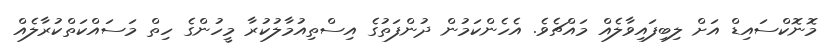
މޮނޮކްސައިޑް އަށް ލިބިފައިވާލެއް މައްޗެވެ. އެހެންކަމުން ދުންފަތުގެ އިސްތިއުމާލުކުރާ މީހުންގެ ހިތް މަސައްކަތްކުރާލެއް